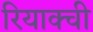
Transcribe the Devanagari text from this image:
रियाक्ची